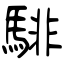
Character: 騑